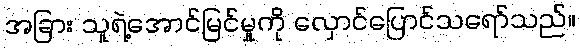
အခြား သူရဲ့အောင်မြင်မှုကို လှောင်ပြောင်သရော်သည်။